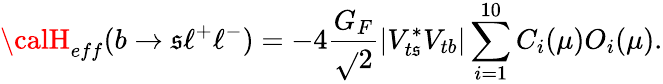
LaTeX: {\calH}_{eff}(b\to\mathfrak{s}\ell^{+}\ell^{-})=-4\frac{{G_{F}}}{{\sqrt{}{{2}}}}|V_{t\mathfrak{s}}^{*}V_{tb}|\sum_{i=1}^{10}C_{i}(\mu)O_{i}(\mu).